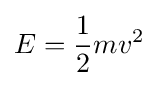
E={\frac {1}{2}}mv^{2}